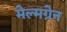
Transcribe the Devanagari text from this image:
मेल्मग्रेन